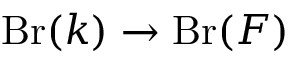
\operatorname { B r } ( k ) \to \operatorname { B r } ( F )